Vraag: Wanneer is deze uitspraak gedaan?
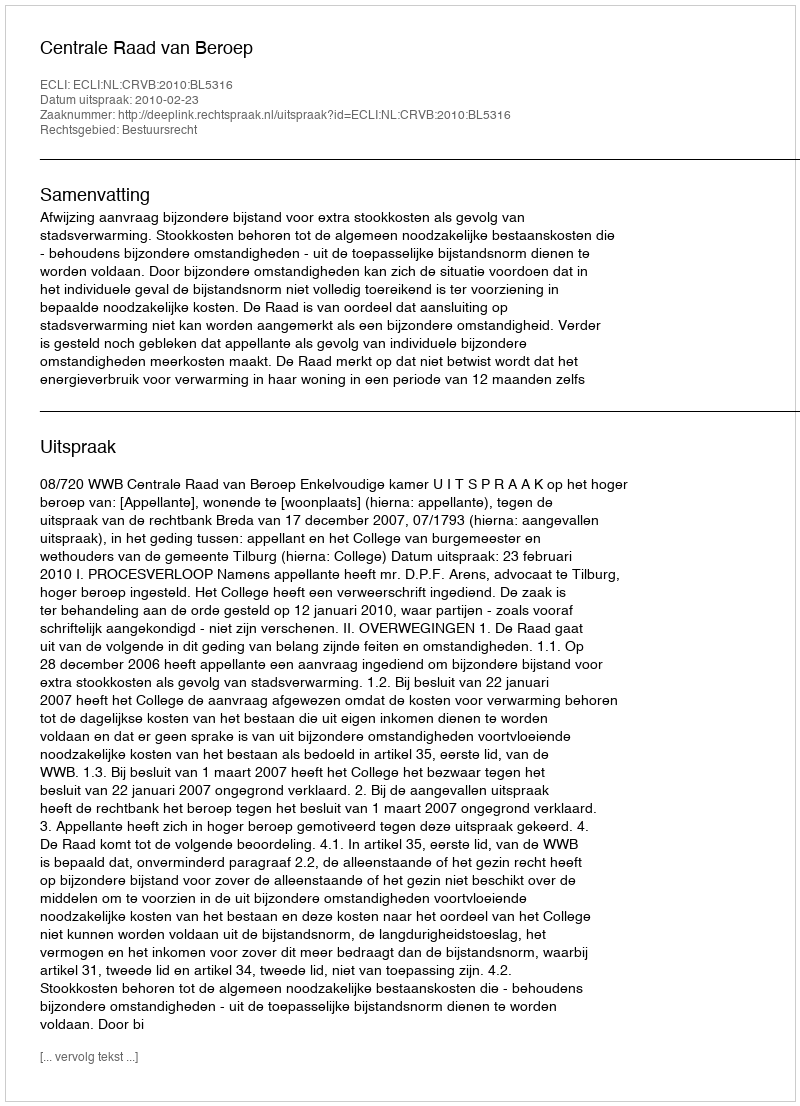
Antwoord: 2010-02-23